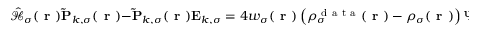
\hat { \mathcal { { H } } } _ { \sigma } ( \boldsymbol { \textbf { r } } ) \mathbf { \widetilde { P } } _ { k , \sigma } ( \boldsymbol { \textbf { r } } ) - \mathbf { \widetilde { P } } _ { k , \sigma } ( \boldsymbol { \textbf { r } } ) \mathbf { E } _ { k , \sigma } = 4 w _ { \sigma } ( \boldsymbol { \textbf { r } } ) \left( \rho _ { \sigma } ^ { \mathrm { ~ d ~ a ~ t ~ a ~ } } ( \boldsymbol { \textbf { r } } ) - \rho _ { \sigma } ( \boldsymbol { \textbf { r } } ) \right) \boldsymbol { \Psi } _ { k , \sigma } ( \boldsymbol { \textbf { r } } ) \textbf { Q } _ { k , \sigma } f ( \mathbf { E } _ { k , \sigma } ) - \boldsymbol { \Psi } _ { k , \sigma } ( \boldsymbol { \textbf { r } } ) \left( \mathbf { D } _ { k , \sigma } + \mathbf { D } _ { k , \sigma } ^ { \mathrm { ~ T ~ } } \right) \textbf { Q } _ { k , \sigma } \, .